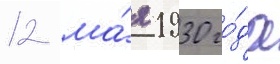
12 ма́я 1930 го́да